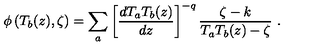
\phi \left( T _ { b } ( z ) , \zeta \right) = \sum _ { a } \left[ \frac { d T _ { a } T _ { b } ( z ) } { d z } \right] ^ { - q } \frac { \zeta - k } { T _ { a } T _ { b } ( z ) - \zeta } \ .